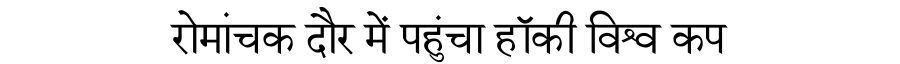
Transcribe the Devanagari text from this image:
रोमांचक दौर में पहुंचा हॉकी विश्व कप